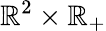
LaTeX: \mathbb{R}^{2}\times\mathbb{R}_{+}